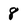
Character: 8